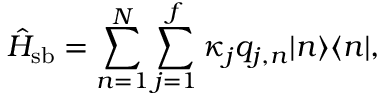
\hat { H } _ { \mathrm { s b } } = \sum _ { n = 1 } ^ { N } \sum _ { j = 1 } ^ { f } \kappa _ { j } q _ { j , n } | n \rangle \langle n | ,